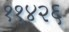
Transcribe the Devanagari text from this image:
११४२६